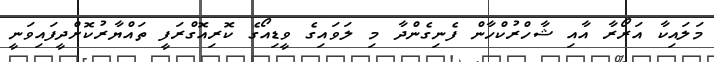
މަލައިކާ އަރޯރާ އާއި ޝާހްރުކްހާން ފެނިގެންދާ މި ލަވައިގެ ވީޑިއޯގެ ކޮރިއޮގްރަފީ ތައްޔާރުކޮށްދީފައިވަނީ